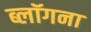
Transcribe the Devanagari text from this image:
ब्लॉगना